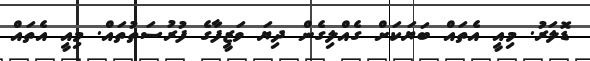
ޑޮލަރު. މިއީ އެތައް ބަޔަކަށް ގެއްލިގެން ދިޔަ ވަޒީފާގެ ފުރުސަތުތައް. މިއީ އެތައް